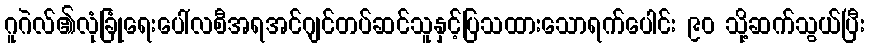
ဂူဂဲလ်၏လုံခြုံရေးပေါ်လစီအရအင်ဂျင်တပ်ဆင်သူနှင့်ပြသထားသောရက်ပေါင်း ၉၀ သို့ဆက်သွယ်ပြီး